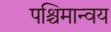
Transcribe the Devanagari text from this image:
पश्चिमान्वय